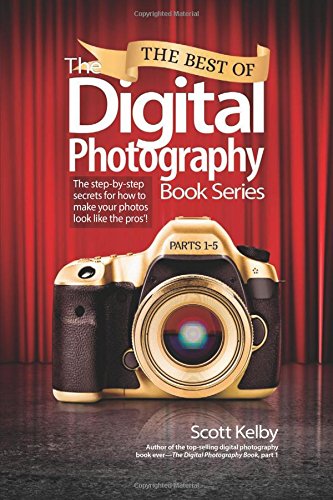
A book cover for The Best of The Digital Photography Book Series: The step-by-step secrets for how to make your photos look like the pros'!; Scott Kelby; Arts & Photography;